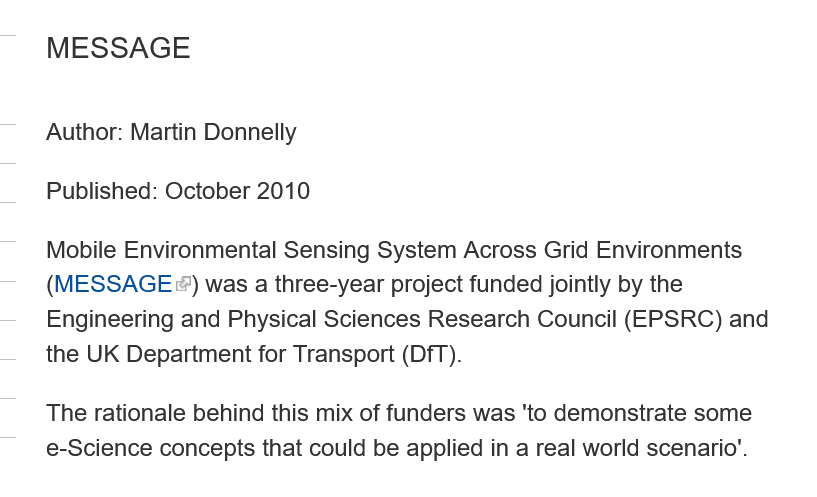
MESSAGE
    Author: Martin Donnelly
    Published: October 2010
    Mobile Environmental Sensing System Across Grid Environments
    (MESSAGE    ®) was a three-year project funded jointly by the
    Engineering and Physical Sciences Research Council (EPSRC) and
    the UK Department for Transport (DfT).
    The rationale behind this mix of funders was 'to demonstrate some
    e-Science concepts that could be applied in a real world scenario’.